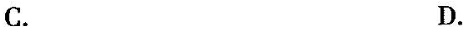
C. D.